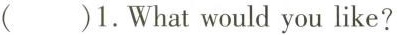
( )1.What would you like?